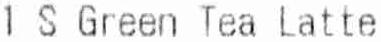
1 S GREEN TEA LATTE